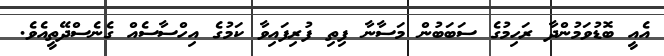
އެއީ ބޮޑުވަމުންދާ ރަހިމުގެ ސަބަބުން މަސާނާ ފިތި ފުރިފައިވާ ކަމުގެ އިހްސާސެއް ގެނެސްދޭތީއެވެ.